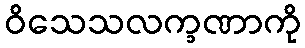
ဝိသေသလက္ခဏာကို